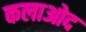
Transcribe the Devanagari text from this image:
कलाओद